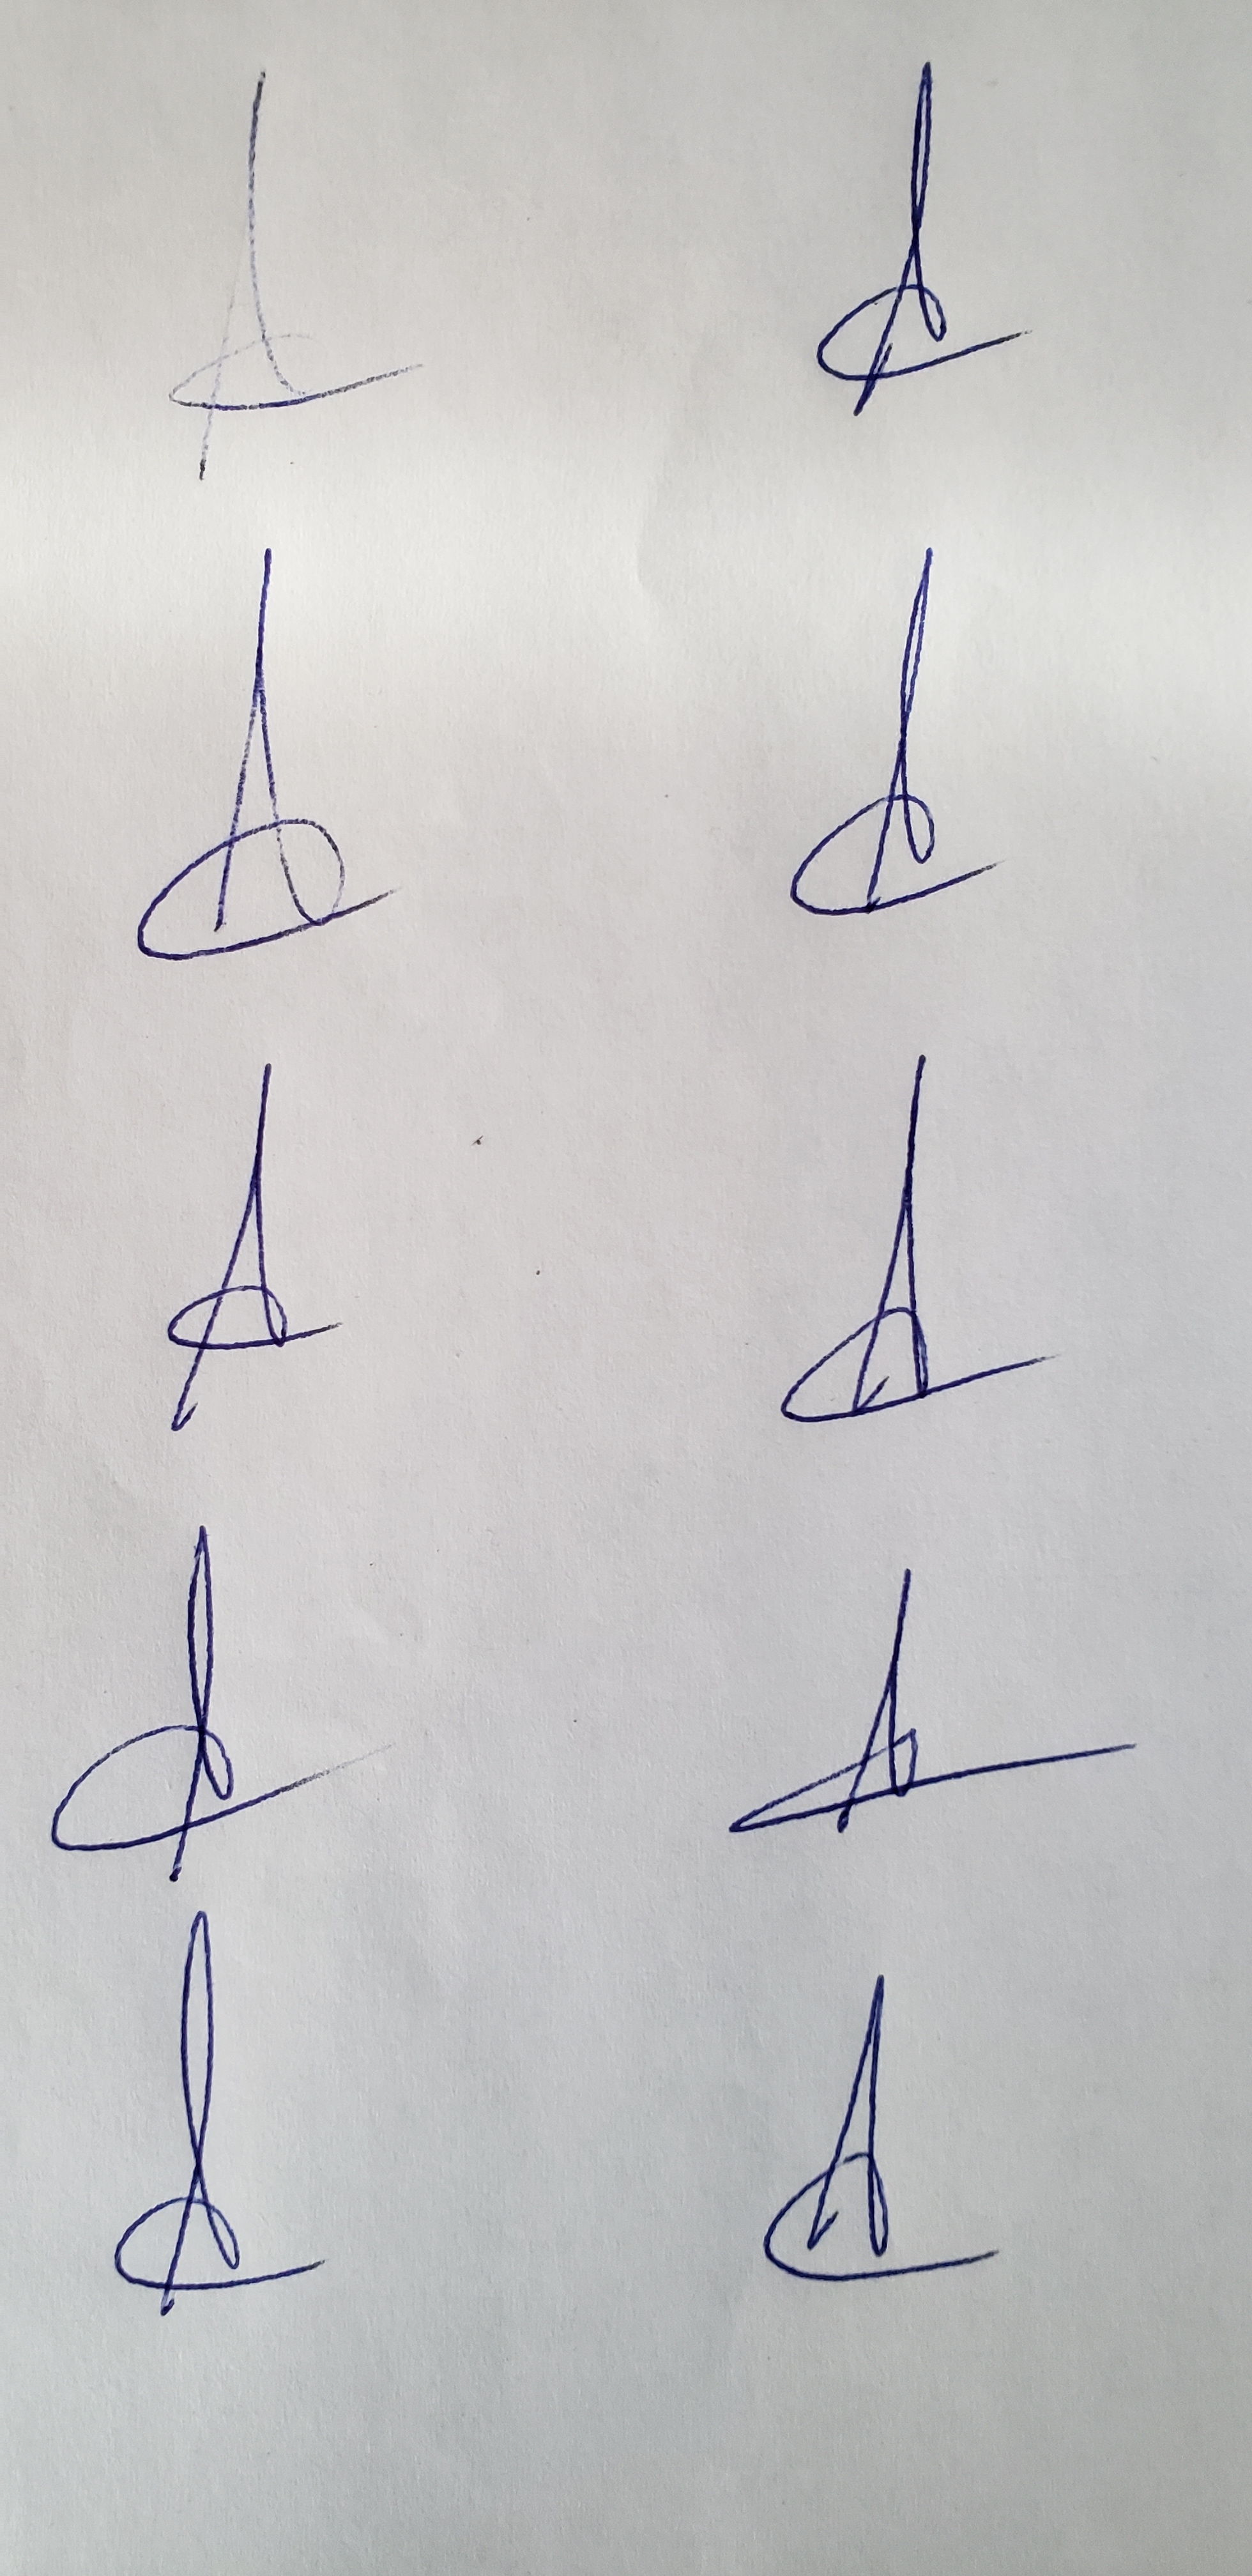
Signature authenticity: genuine